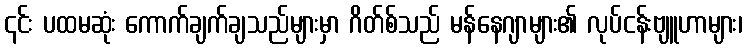
၎င်း ပထမဆုံး ကောက်ချက်ချသည်များမှာ ဂိတ်စ်သည် မန်နေဂျာများ၏ လုပ်ငန်းဗျူဟာများ၊